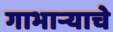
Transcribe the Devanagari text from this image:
गाभाऱ्याचे